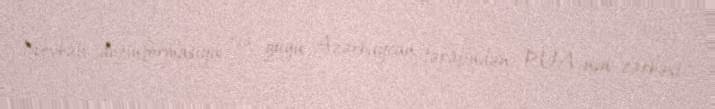
Növbəti dezinformasiya isə guya Azərbaycan tərəfindən PUA-nın zərbəsi